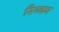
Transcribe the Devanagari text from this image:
रिव्का